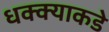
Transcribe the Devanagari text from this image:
धक्क्याकडे